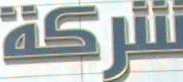
شركة